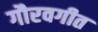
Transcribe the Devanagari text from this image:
गौरवगीत